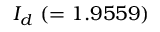
{ \cal I } _ { d } ~ ( = 1 . 9 5 5 9 )